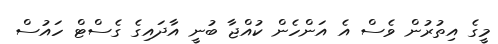
މީގެ އިތުރުން ވެސް އެ އަންހެން ކުއްޖާ ބުނީ އާދައިގެ ގެސްޓް ހައުސް